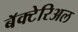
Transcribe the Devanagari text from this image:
बॅक्टेरिअल